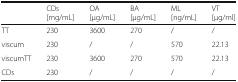
|  | CDs[mg/mL] | OA[μg/mL] | BA[μg/mL] | ML[ng/mL] | VT[μg/ml] |
 | --- | --- | --- | --- | --- | --- |
 | TT | 230 | 3600 | 270 | / | / |
 | viscum | 230 | / | / | 570 | 22.13 |
 | viscumTT | 230 | 3600 | 270 | 570 | 22.13 |
 | CDs | 230 | / | / | / | / |